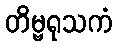
တိမ္ဗရုသကံ